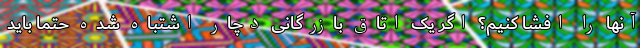
آنها را افشا کنیم؟ اگر یک اتاق بازرگانی دچار اشتباه شده حتما باید